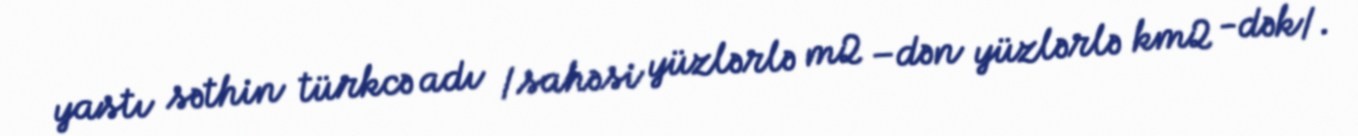
yastı səthin türkcə adı /sahəsi yüzlərlə m2 –dən yüzlərlə km2 -dək/.